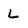
Character: L